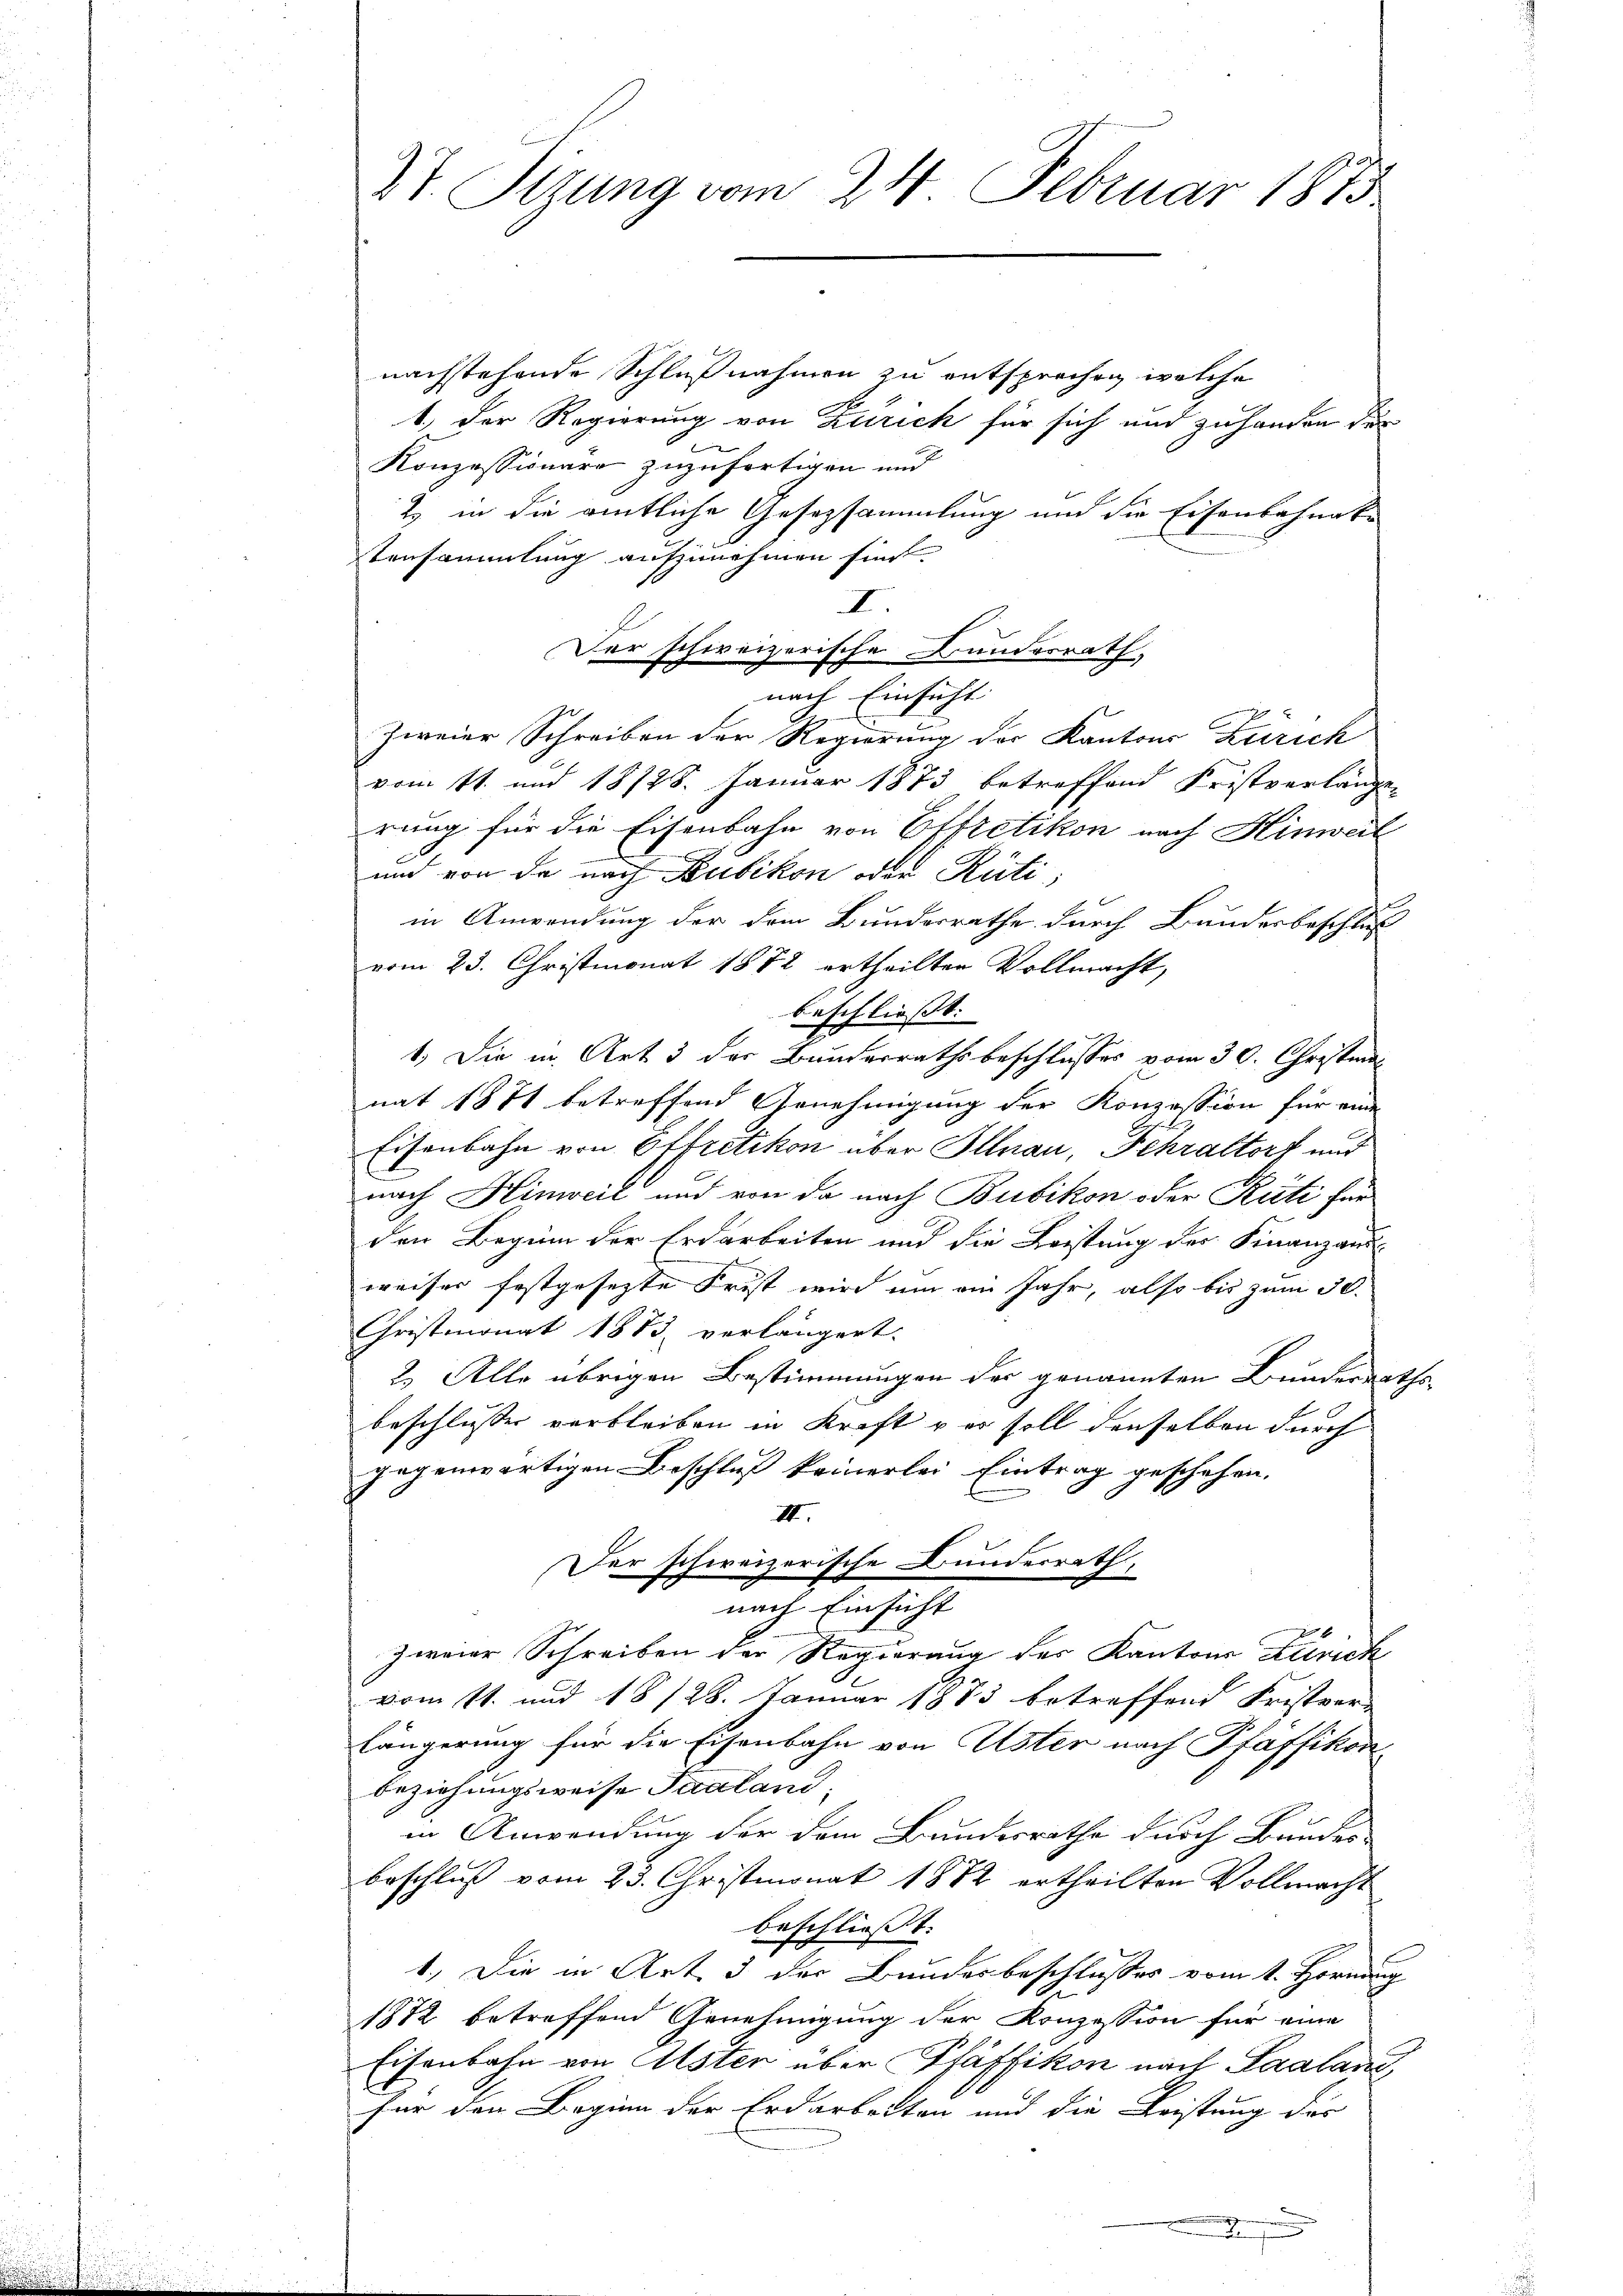
27. Setzung vom 24. Februar 1875

nachstehende Schlußnahmen zu entsprochen, welche
1.) Der Regierung von Zutrich für sich und zuhanden des
Konzessionäre zuzufertigen und
2 in die amtliche Gesetzsammlung und die Eisenbahnabe
Versammlung aufzunehmen sind.
I.
Der schweizerische Bundesrath,
nach Einsicht
zweier Schreiben der Regierung der Kantons Zürich
vom 11. und 18728. Januar 1873 betreffend Fristverlängen
rung für die Eisenbahn von Effretikon nach Hinweil
und von de nach Kubikon oder Rüti,
in Anwendung der dem Bundesrathe durch Bundesbeschluß
vom 23. Christmonat 1872 ertheilten Vollmacht,
beschließt:
1.) Die in Art 3 der Bundesrathsbeschlusses vom 30. Christmas
nat 1871 betreffend Genehmigung der Konzession für eine
Eisenbahn von Otfretikon über Illnau, Fehraltorf und
nach Hinweil und von da nach Bubikon oder Rüti für
den Beginn der Erdarbeiten und die Leistung der Finanzaus
e
e
weiser festgesetzte Frist wird um ein Jahr, also bis zum 30.
Christmonat 1873 verlängert.
2.) Alle übrigen Bestimmungen der genannten Bunderraths-
beschlussen verbleiben in Kraft ver soll denselben durch
gegenwärtigen Beschluß keinerlei Eintrag geschehen.
III.
Der schweizerische Bunderrath,
nach Einsicht
zweier Schreiben der Regierung des Kantons Zürich
vom 11. und 18 128. Januar 1883 betreffend Fristver-
längerung für die Eisenbahn von Uster nach Pfäffikon
beziehungsweise Saaland,
in Anwendung der dem Bundesrathe durch Bundes-
beschluß vom 23. Christmonat 1882 ertheilten Vollmacht
beschließt:
1.) Die in Art. 3 der Bundesbeschlusses vom 1. Hornung
1812 betreffend Genehmigung der Konzession für eine
Eisenbahn von Uster über Pfäffikon nach Saalanz,
für den Beginn der Erdarbeiten und die Leistung der